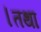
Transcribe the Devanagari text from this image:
।तथा